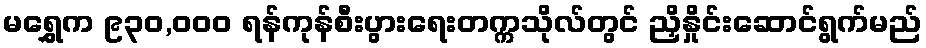
မရွှေက ၉၃၀,ဝဝဝ ရန်ကုန်စီးပွားရေးတက္ကသိုလ်တွင် ညှိနှိုင်းဆောင်ရွက်မည်